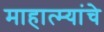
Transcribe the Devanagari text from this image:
माहात्म्यांचे